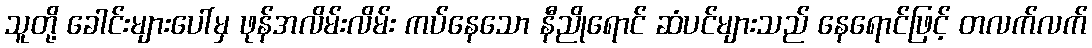
သူတို့ ခေါင်းများပေါ်မှ ဖုန်အလိမ်းလိမ်း ကပ်နေသော နီညိုရောင် ဆံပင်များသည် နေရောင်ဖြင့် တလက်လက်